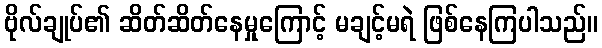
ဗိုလ်ချုပ်၏ ဆိတ်ဆိတ်နေမှုကြောင့် မချင့်မရဲ ဖြစ်နေကြပါသည်။